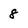
Character: 8